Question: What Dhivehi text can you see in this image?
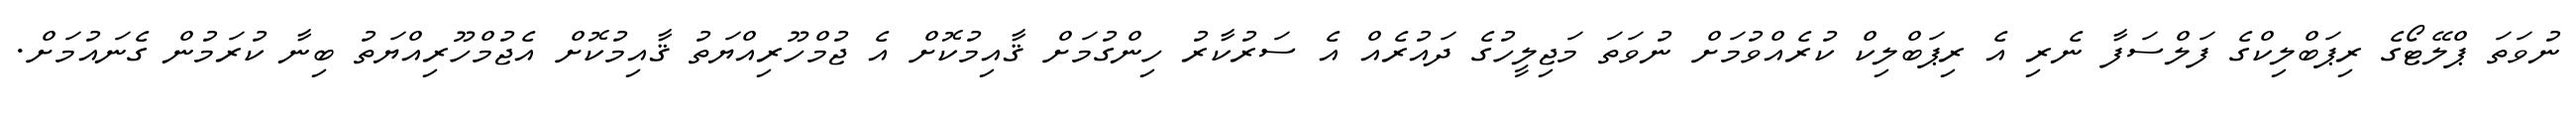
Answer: ނުވަތަ ޕްލޭޓޯގެ ރިޕަބްލިކްގެ ފަލްސަފާ ނެރި އެ ރިޕަބްލިކް ކުރެއްވުމަށް ނުވަތަ މަޖިލީހުގެ ދައުރެއް އެ ސަރުކާރު ހިންގުމަށް ޤާއިމުކޮށް އެ ޖުމްހޫރިއްޔަތު ޤާއިމުކޮށް އެޖުމްހޫރިއްޔަތު ބިނާ ކުރަމުން ގެނައުމަށް.